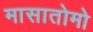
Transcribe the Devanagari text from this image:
मासातोमो